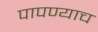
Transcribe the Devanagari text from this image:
पापण्याच